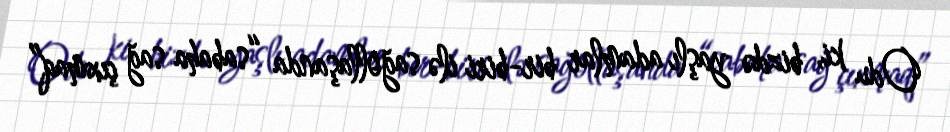
Odu ki, bizdə yaşlı adamlar bir-biri ilə sağollaşanda “sabaha sağ çıxmaq”